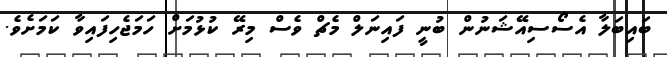
ބައިބަލާ އެސޯސިއޭޝަނުން ބުނީ ފައިނަލް މެޗް ވެސް މިރޭ ކުޅުމަށް ހަމަޖެހިފައިވާ ކަމަށެވެ.